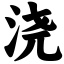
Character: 浇